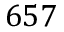
6 5 7